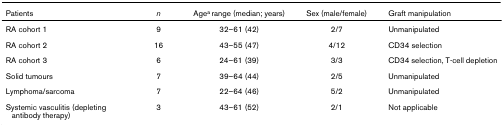
<table><thead><tr><td><b>Patients</b></td><td><b><i>n</i></b></td><td><b>Age<sup>a </sup>range (median; years)</b></td><td><b>Sex (male/female)</b></td><td><b>Graft manipulation</b></td></tr></thead><tbody><tr><td>RA cohort 1</td><td>9</td><td>32–61 (42)</td><td>2/7</td><td>Unmanipulated</td></tr><tr><td>RA cohort 2</td><td>16</td><td>43–55 (47)</td><td>4/12</td><td>CD34 selection</td></tr><tr><td>RA cohort 3</td><td>6</td><td>24–61 (39)</td><td>3/3</td><td>CD34 selection, T-cell depletion</td></tr><tr><td>Solid tumours</td><td>7</td><td>39–64 (44)</td><td>2/5</td><td>Unmanipulated</td></tr><tr><td>Lymphoma/sarcoma</td><td>7</td><td>22–64 (46)</td><td>5/2</td><td>Unmanipulated</td></tr><tr><td>Systemic vasculitis (depleting antibody therapy)</td><td>3</td><td>43–61 (52)</td><td>2/1</td><td>Not applicable</td></tr></tbody></table>